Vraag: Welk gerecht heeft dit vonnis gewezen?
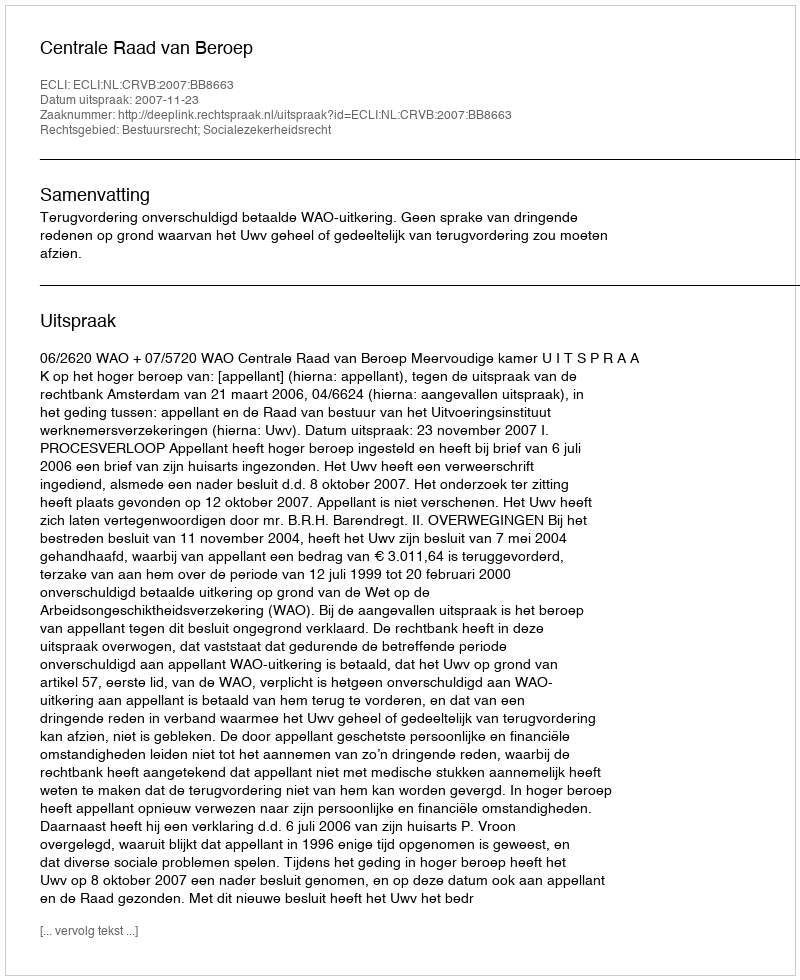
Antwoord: Centrale Raad van Beroep